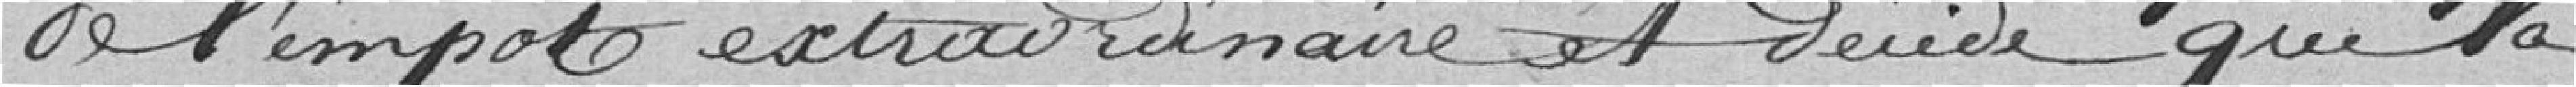
de l'impôt extraordinaire et décide que la